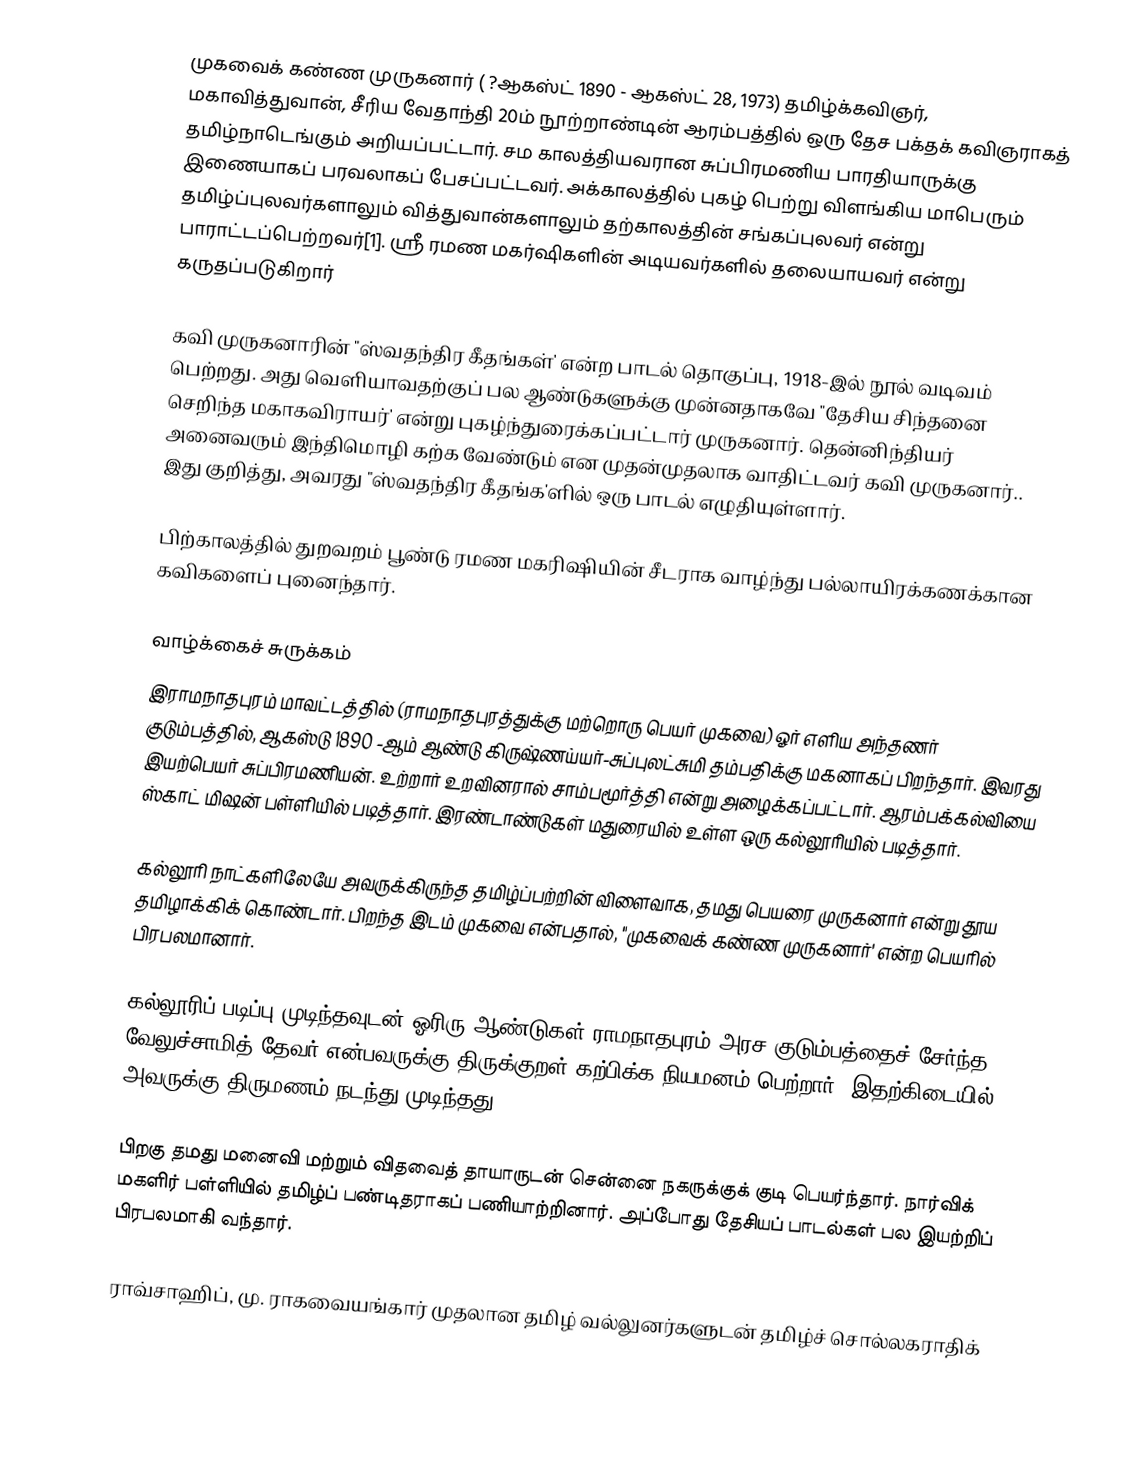
முகவைக் கண்ண முருகனார் ( ?ஆகஸ்ட் 1890 - ஆகஸ்ட் 28, 1973) தமிழ்க்கவிஞர், மகாவித்துவான், சீரிய வேதாந்தி   20ம் நூற்றாண்டின் ஆரம்பத்தில் ஒரு தேச பக்தக் கவிஞராகத் தமிழ்நாடெங்கும் அறியப்பட்டார். சம காலத்தியவரான சுப்பிரமணிய பாரதியாருக்கு இணையாகப் பரவலாகப் பேசப்பட்டவர். அக்காலத்தில் புகழ் பெற்று விளங்கிய மாபெரும் தமிழ்ப்புலவர்களாலும் வித்துவான்களாலும் தற்காலத்தின் சங்கப்புலவர் என்று பாராட்டப்பெற்றவர்[1]. ஸ்ரீ ரமண மகர்ஷிகளின் அடியவர்களில் தலையாயவர் என்று கருதப்படுகிறார்

கவி முருகனாரின்  "ஸ்வதந்திர கீதங்கள்' என்ற பாடல் தொகுப்பு, 1918-இல் நூல் வடிவம் பெற்றது. அது வெளியாவதற்குப் பல ஆண்டுகளுக்கு முன்னதாகவே "தேசிய சிந்தனை செறிந்த மகாகவிராயர்' என்று புகழ்ந்துரைக்கப்பட்டார் முருகனார். தென்னிந்தியர் அனைவரும் இந்திமொழி கற்க வேண்டும் என முதன்முதலாக வாதிட்டவர் கவி முருகனார்.. இது குறித்து, அவரது "ஸ்வதந்திர கீதங்க'ளில் ஒரு பாடல் எழுதியுள்ளார்.

பிற்காலத்தில் துறவறம் பூண்டு ரமண மகரிஷியின் சீடராக வாழ்ந்து பல்லாயிரக்கணக்கான கவிகளைப் புனைந்தார்.

வாழ்க்கைச் சுருக்கம்
இராமநாதபுரம் மாவட்டத்தில் (ராமநாதபுரத்துக்கு மற்றொரு பெயர் முகவை) ஓர் எளிய அந்தணர் குடும்பத்தில், ஆகஸ்டு 1890 -ஆம் ஆண்டு கிருஷ்ணய்யர்-சுப்புலட்சுமி தம்பதிக்கு மகனாகப் பிறந்தார். இவரது இயற்பெயர் சுப்பிரமணியன். உற்றார் உறவினரால் சாம்பமூர்த்தி என்று அழைக்கப்பட்டார். ஆரம்பக்கல்வியை  ஸ்காட் மிஷன் பள்ளியில் படித்தார். இரண்டாண்டுகள் மதுரையில் உள்ள ஒரு கல்லூரியில் படித்தார்.

கல்லூரி நாட்களிலேயே அவருக்கிருந்த தமிழ்ப்பற்றின் விளைவாக, தமது பெயரை முருகனார் என்று தூய தமிழாக்கிக் கொண்டார். பிறந்த இடம் முகவை என்பதால், "முகவைக் கண்ண முருகனார்' என்ற பெயரில் பிரபலமானார்.

கல்லூரிப் படிப்பு முடிந்தவுடன் ஓரிரு ஆண்டுகள் ராமநாதபுரம் அரச குடும்பத்தைச் சேர்ந்த வேலுச்சாமித் தேவர் என்பவருக்கு திருக்குறள் கற்பிக்க நியமனம் பெற்றார். இதற்கிடையில் அவருக்கு திருமணம் நடந்து முடிந்தது.

பிறகு தமது மனைவி மற்றும் விதவைத் தாயாருடன் சென்னை நகருக்குக் குடி பெயர்ந்தார். நார்விக் மகளிர் பள்ளியில் தமிழ்ப் பண்டிதராகப் பணியாற்றினார். அப்போது தேசியப் பாடல்கள் பல இயற்றிப் பிரபலமாகி வந்தார்.

ராவ்சாஹிப், மு. ராகவையங்கார் முதலான தமிழ் வல்லுனர்களுடன் தமிழ்ச் சொல்லகராதிக்